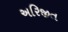
અરિજીત